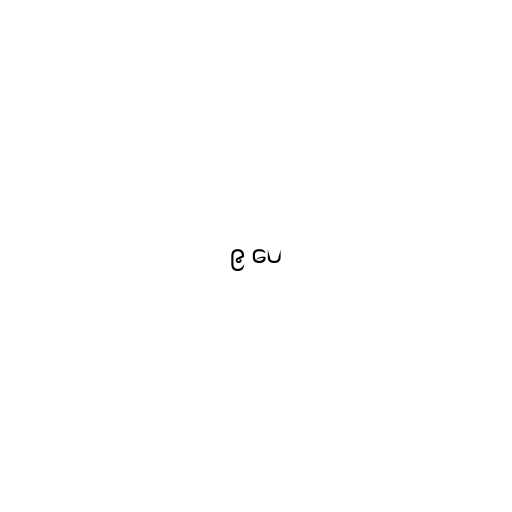
၉ ပေ